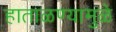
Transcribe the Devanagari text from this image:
हाताळण्यामुळे